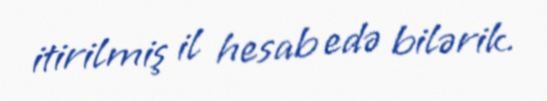
itirilmiş il hesab edə bilərik.